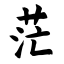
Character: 茫